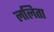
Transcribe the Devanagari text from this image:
ललिता